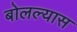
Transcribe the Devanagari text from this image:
बोलल्यास